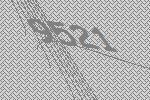
9521